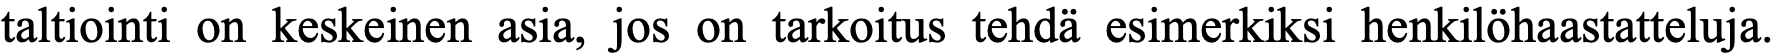
taltiointi on keskeinen asia, jos on tarkoitus tehdä esimerkiksi henkilöhaastatteluja.